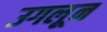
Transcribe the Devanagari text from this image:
उगलून